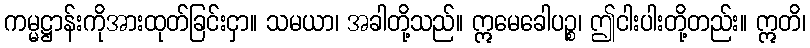
ကမ္မဋ္ဌာန်းကိုအားထုတ်ခြင်းငှာ။ သမယာ၊ အခါတို့သည်။ ဣမေခေါပဉ္စ၊ ဤငါးပါးတို့တည်း။ ဣတိ၊